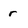
Character: r